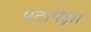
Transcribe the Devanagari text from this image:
पटापेक्षा